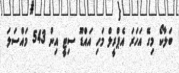
ބަލާކޯ މިގޭ އަހަރަ އެޕްރީލް މަހި އައްޑޫ ސިޓީ އިން 543 މައްސަލަ